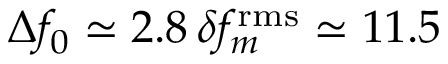
\Delta f _ { 0 } \simeq 2 . 8 \, \delta f _ { m } ^ { \mathrm { r m s } } \simeq 1 1 . 5